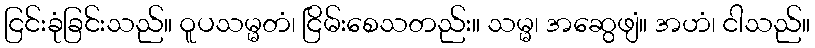
ငြင်းခုံခြင်းသည်။ ဝူပသမ္မတံ၊ ငြိမ်းစေသတည်း။ သမ္မ၊ အဆွေဖျံ။ အဟံ၊ ငါသည်။